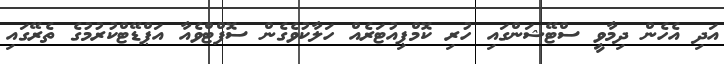
އަދި އެހެން ދިމާވީ ސްޓޭޝަންގައި ހުރި ކޮމްޕިއުޓަރެއް ހަލާކުވެގެން ސޮފްޓްވެއާ އަޕްޑޭޓްކުރުމުގެ ތެރޭގައި